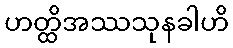
ဟတ္ထိအဿသုနခါဟိ